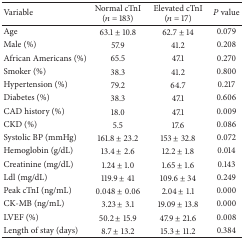
| Variable | Normal cTnI (n = 183) | Elevated cTnI (n = 17) | P value |
 | --- | --- | --- | --- |
 | Age | 63.1 ± 10.8 | 62.7 ± 14 | 0.079 |
 | Male (%) | 57.9 | 41.2 | 0.208 |
 | African Americans (%) | 65.5 | 47.1 | 0.270 |
 | Smoker (%) | 38.3 | 41.2 | 0.800 |
 | Hypertension (%) | 79.2 | 64.7 | 0.217 |
 | Diabetes (%) | 38.3 | 47.1 | 0.606 |
 | CAD history (%) | 18.0 | 47.1 | 0.009 |
 | CKD (%) | 5.5 | 17.6 | 0.086 |
 | Systolic BP (mmHg) | 161.8 ± 23.2 | 153 ± 32.8 | 0.072 |
 | Hemoglobin (g/dL) | 13.4 ± 2.6 | 12.2 ± 1.8 | 0.014 |
 | Creatinine (mg/dL) | 1.24 ± 1.0 | 1.65 ± 1.6 | 0.143 |
 | Ldl (mg/dL) | 119.9 ± 41 | 109.6 ± 34 | 0.249 |
 | Peak cTnI (ng/mL) | 0.048 ± 0.06 | 2.04 ± 1.1 | 0.000 |
 | CK-MB (ng/mL) | 3.23 ± 3.1 | 19.09 ± 13.8 | 0.000 |
 | LVEF (%) | 50.2 ± 15.9 | 47.9 ± 21.6 | 0.008 |
 | Length of stay (days) | 8.7 ± 13.2 | 15.3 ± 11.2 | 0.384 |